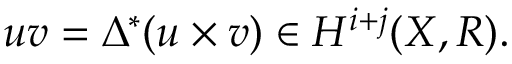
u v = \Delta ^ { * } ( u \times v ) \in H ^ { i + j } ( X , R ) .